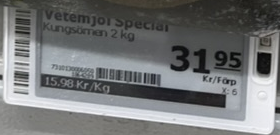
Vara: Vetemjöl Special
Genomsnittspris: 15.98 per kg